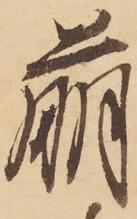
萌